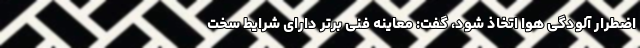
اضطرار آلودگی هوا اتخاذ شود، گفت: معاینه فنی برتر دارای شرایط سخت